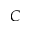
C